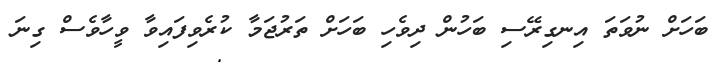
ބަހަށް ނުވަތަ އިނގިރޭސި ބަހުން ދިވެހި ބަހަށް ތަރުޖަމާ ކުރެވިފައިވާ ވީހާވެސް ގިނަ